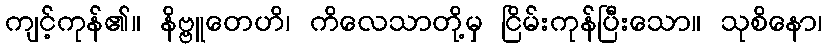
ကျင့်ကုန်၏။ နိဗ္ဗူတေဟိ၊ ကိလေသာတို့မှ ငြိမ်းကုန်ပြီးသော။ သုစိနော၊